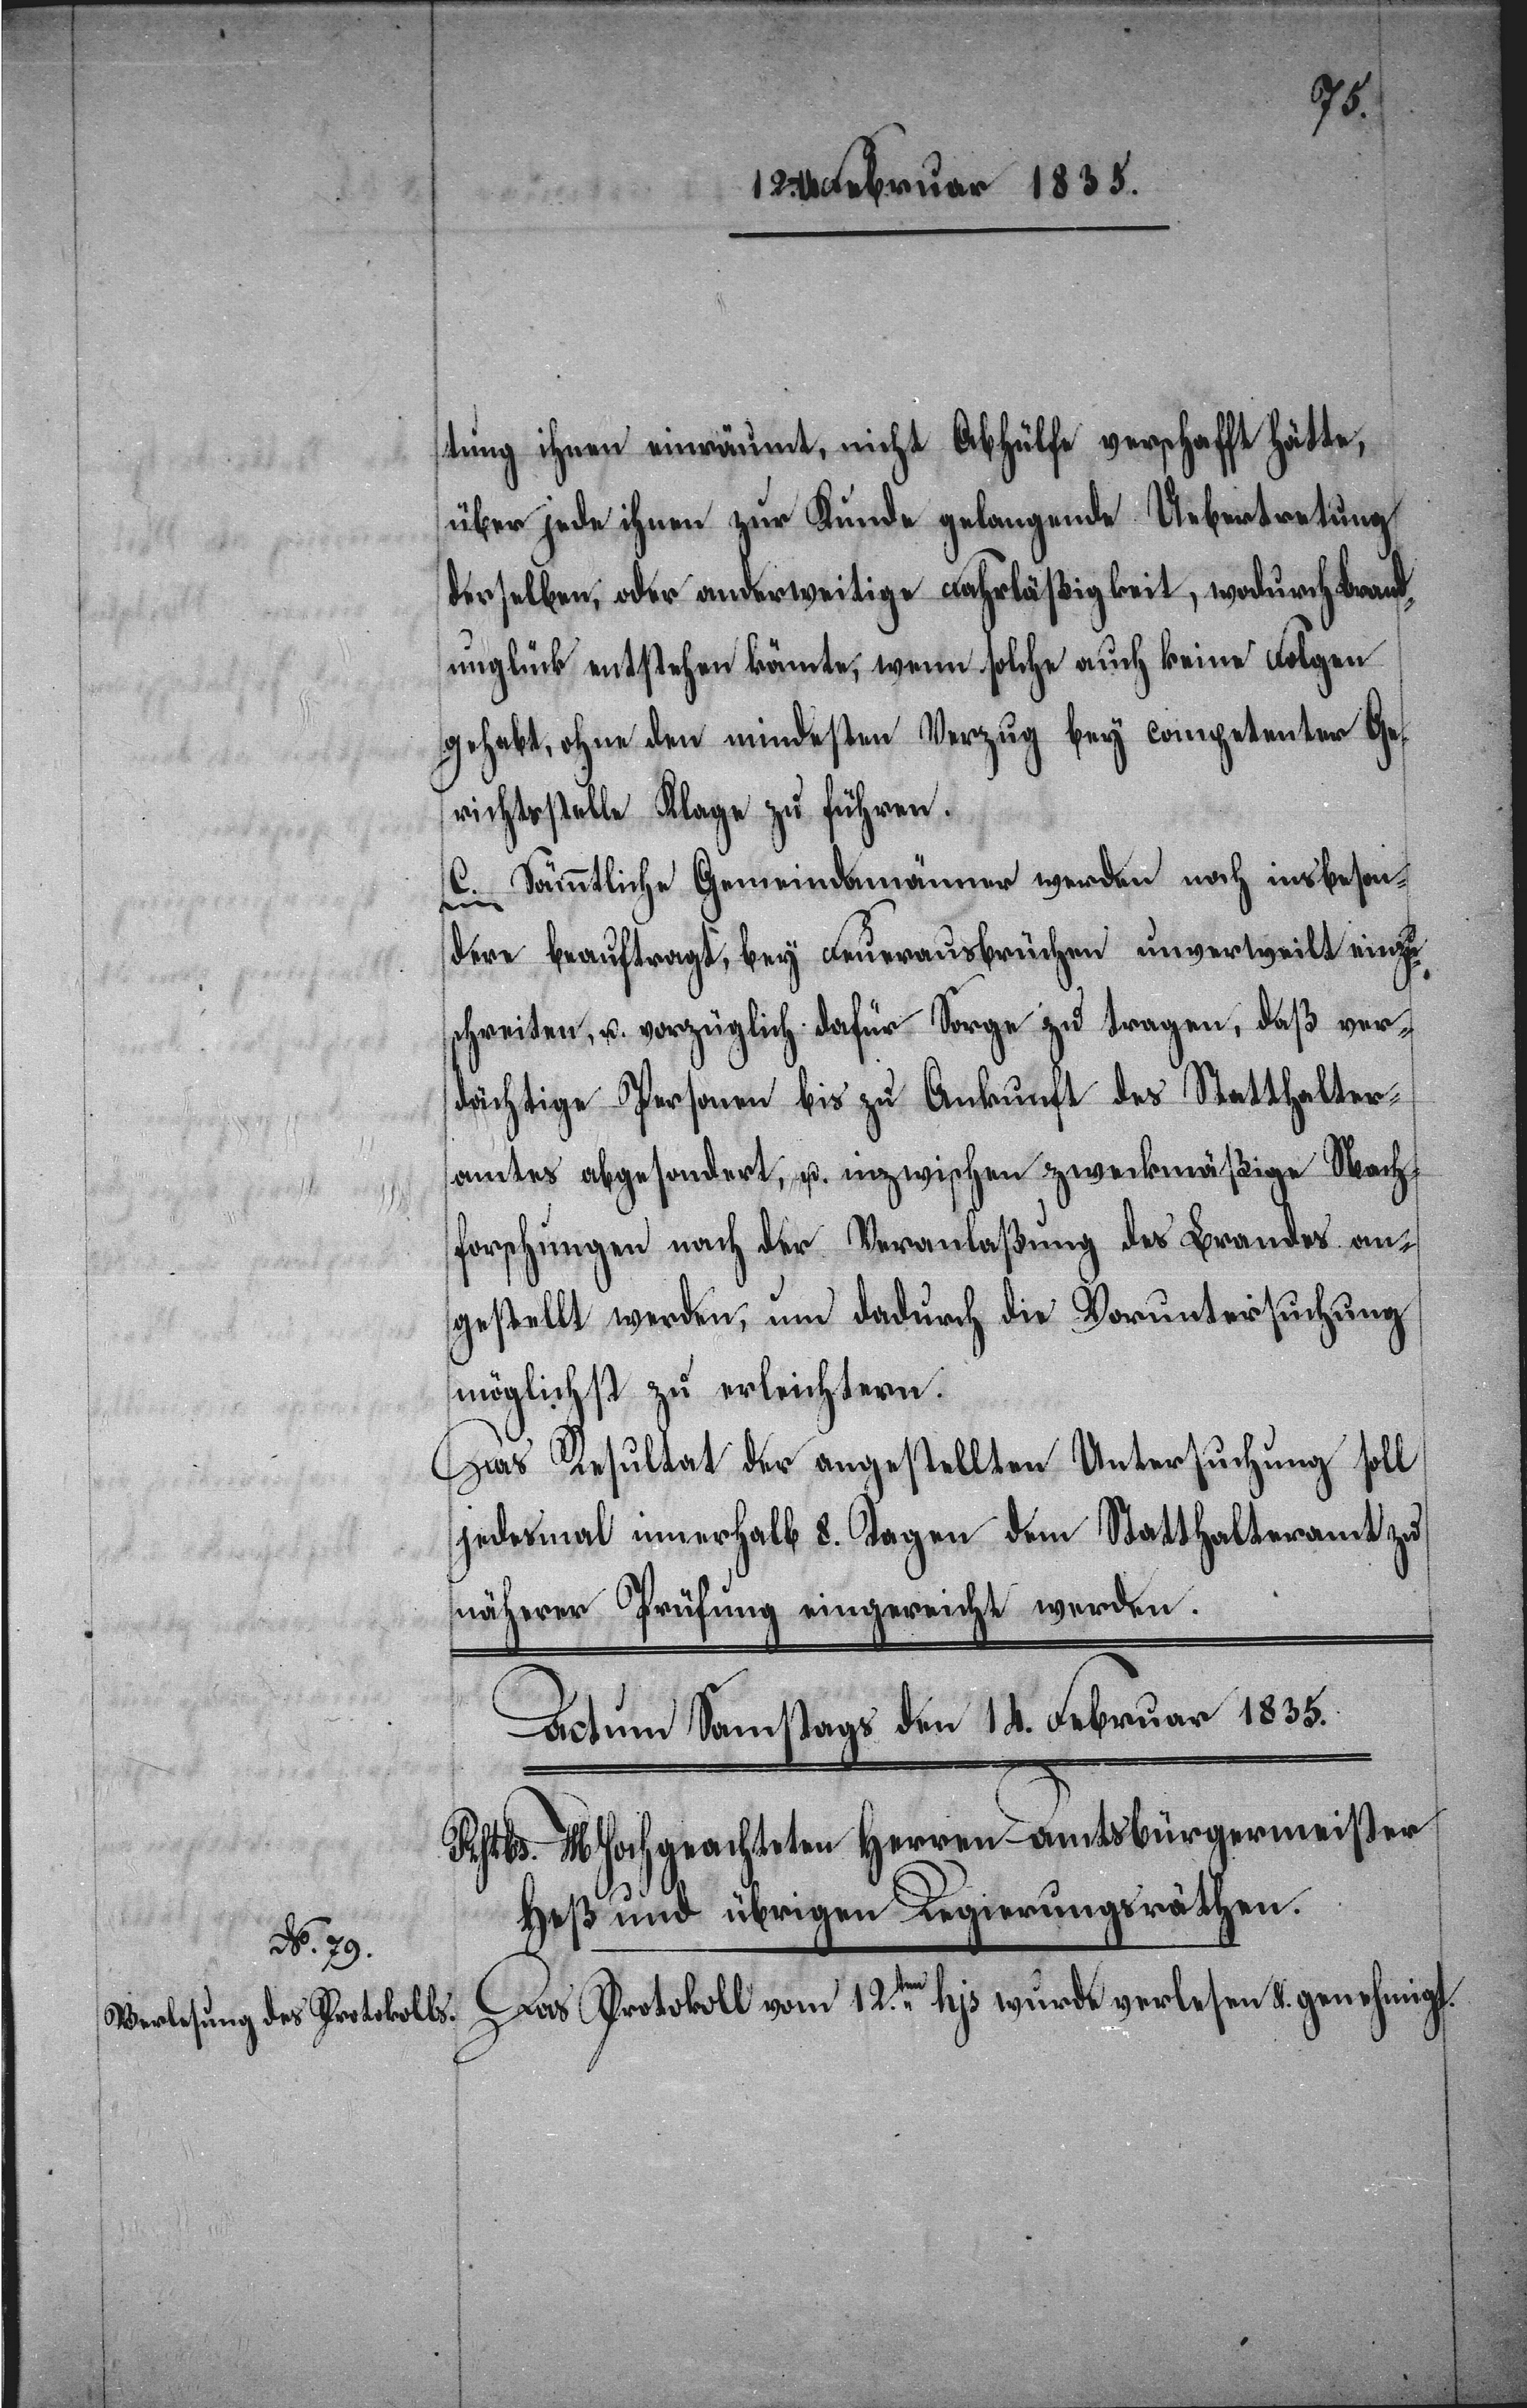
tung ihnen einräumt, nicht Abhülfe verschafft hätte,
über jede ihnen zur Kunde gelangende Uebertretung
derselben, oder anderweitige Fahrläßigkeit, wodurch Brand¬
unglück entstehen könnte, wenn solche auch keine Folgen
gehabt, ohne den mindesten Verzug bey competenter Ge¬
richtsstelle Klage zu führen.
C. Sämmtliche Gemeindamänner werden noch insbeson¬
dere beauftragt, bey Feuerausbrüchen unverweilt einzu¬
schreiten, u. vorzüglich dafür Sorge zu tragen, daß ver¬
dächtige Personen bis zu Ankunft des Statthalter¬
amtes abgesondert, u. inzwischen zweckmäßige Nach¬
forschungen nach der Veranlaßung des Brandes an¬
gestellt werden, um dadurch die Voruntersuchung
möglichst zu erleichtern.
Das Resultat der angestellten Untersuchung soll
jedesmal innerhalb 8. Tagen dem Statthalteramt zu
näherer Prüfung eingereicht werden.
Das Protokoll vom 12.ten hujus wurde verlesen &. genehmigt.